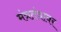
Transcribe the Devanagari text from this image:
मंत्रतंत्रावर